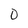
Character: 0